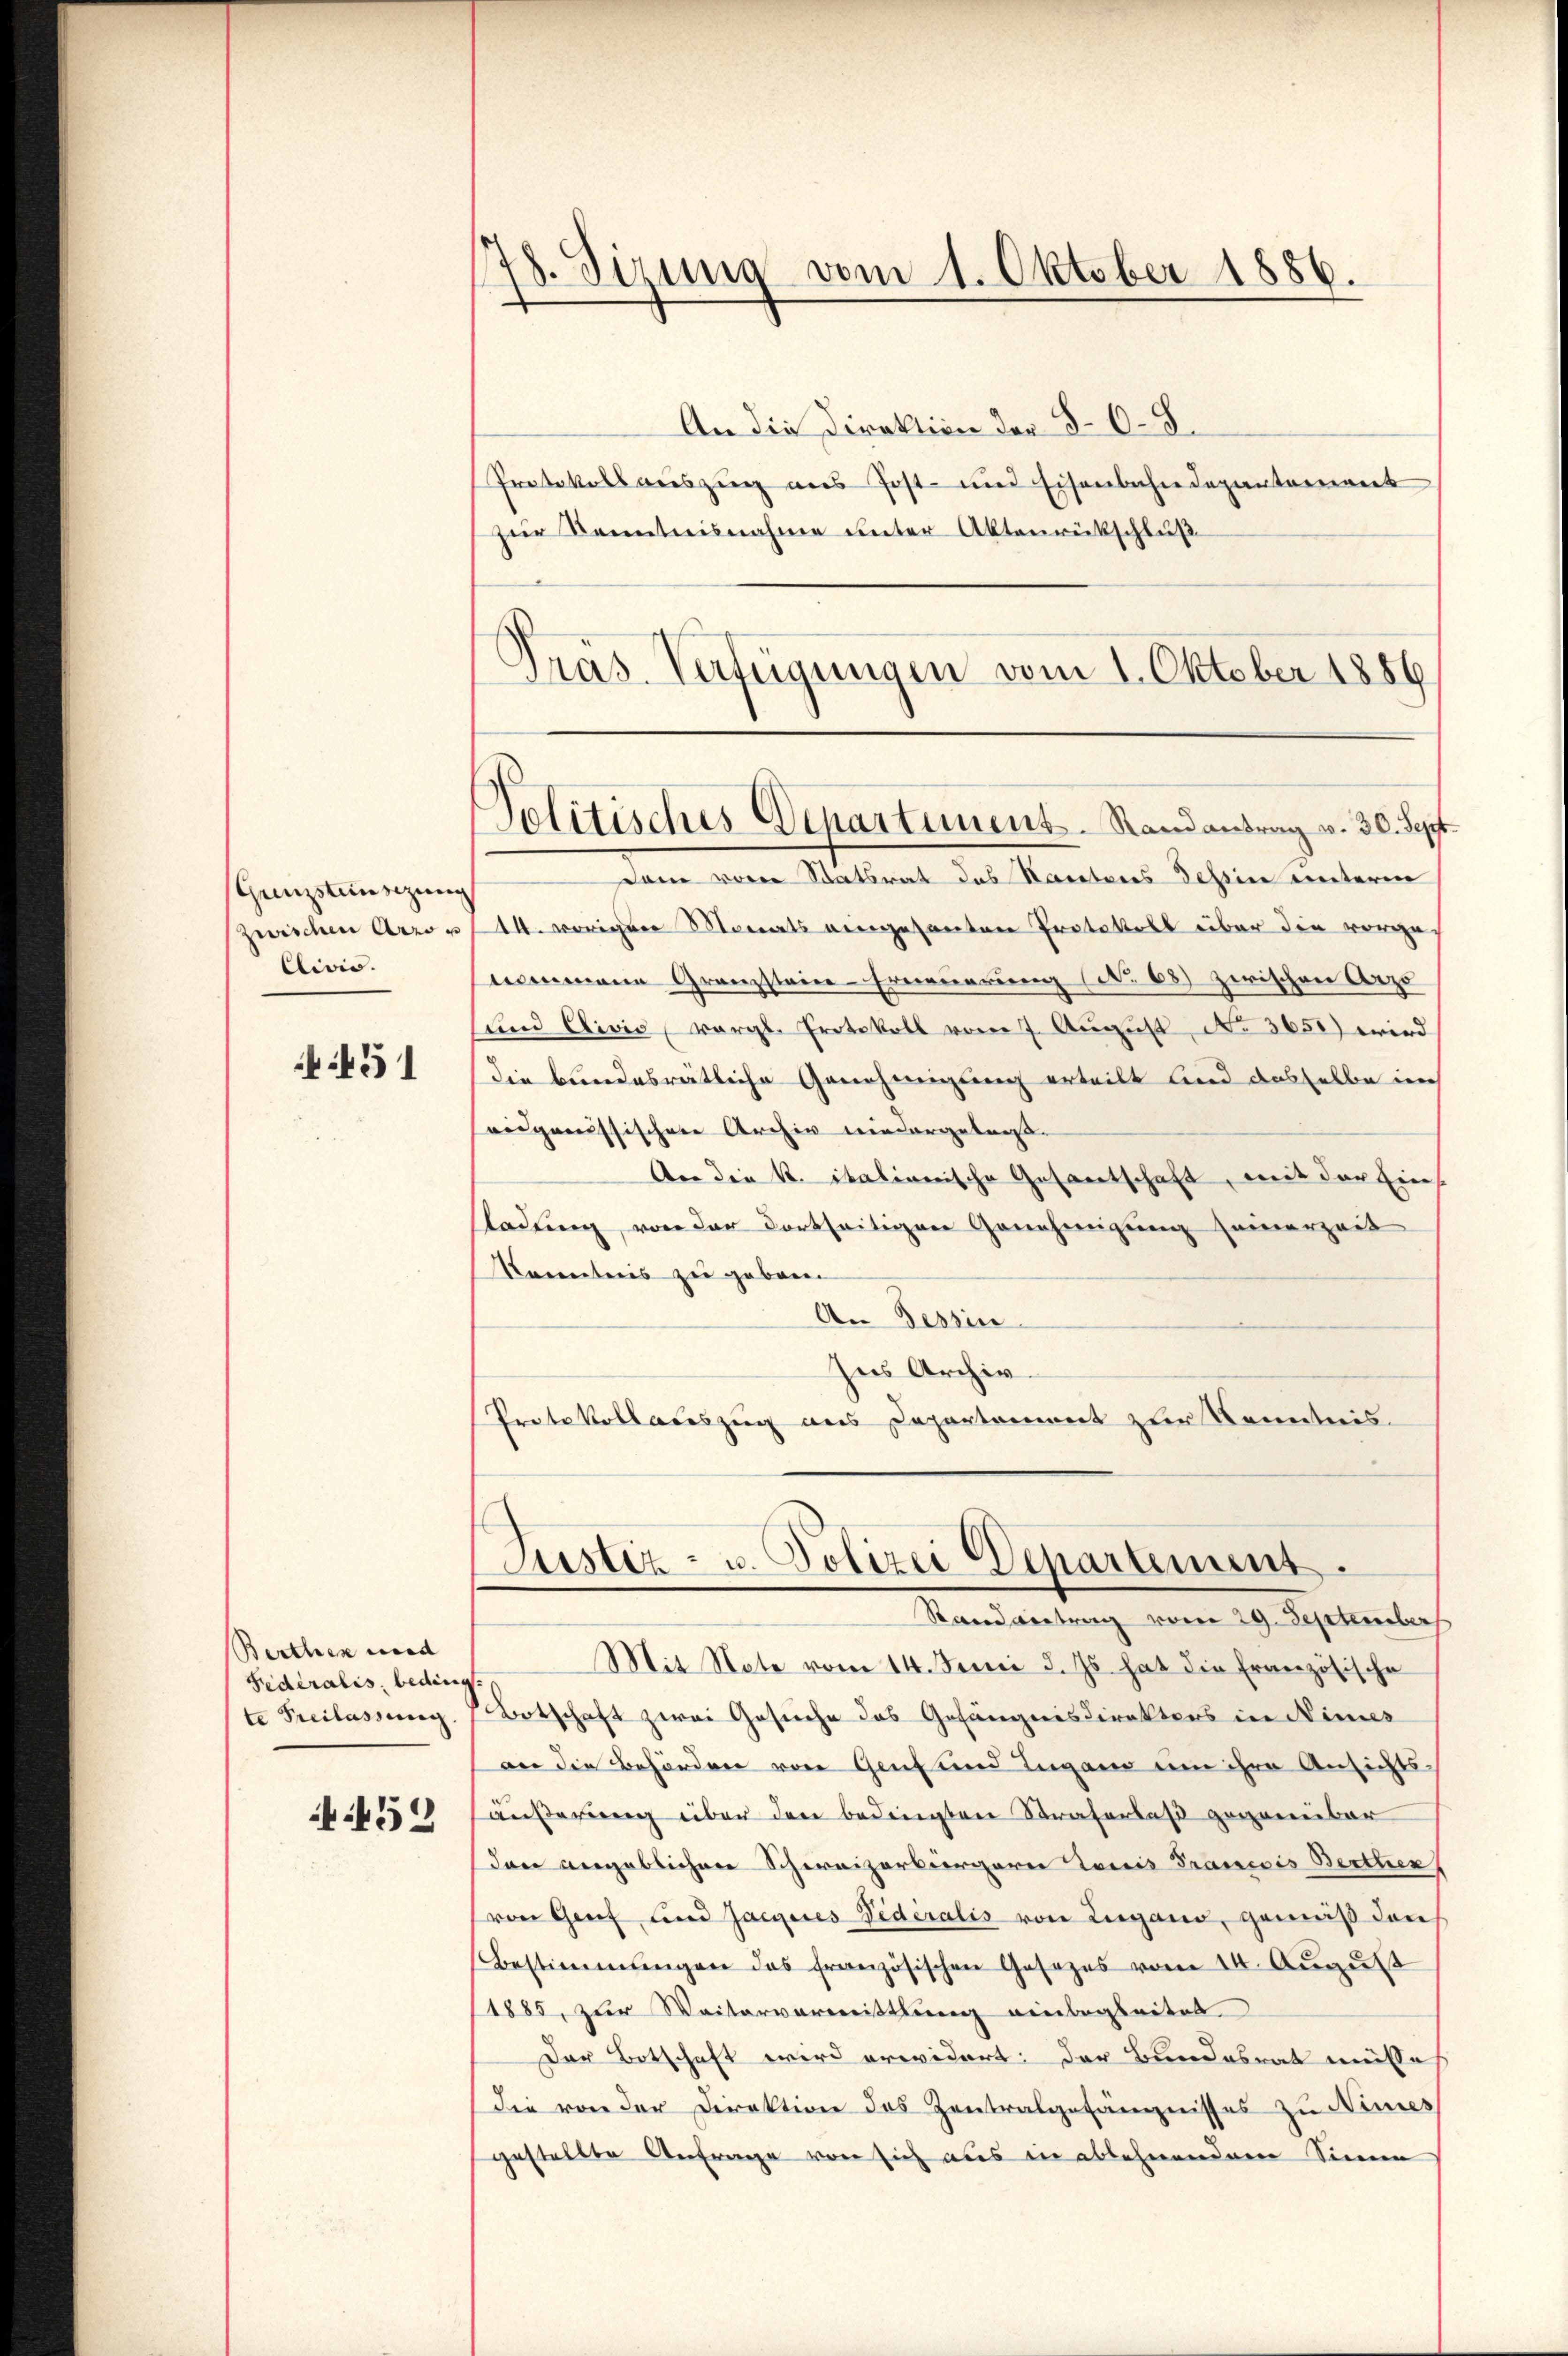
Grenzstensizung
zwischen Arro u
Clivis.

451

Berthes wird |
Federalis, beding
te Freilassung

452

78. Sizung vom 1. Oktober 1886.

Jolitisches Departement-Randantrag v. 30. Sept.

An die Direktion der §. 6. 8.
Protokollsauszug aus Post- und Eisenbahndepartement
Zur Kenntnisnahme unter Aktenrückschluß
Präs. Verfügungen vom 1. Oktober 1856
dam vor Staatsrat das Kantons Tessin unterm
14. vorigen Monats eingesanten Protokoll über die vorge
nommene Granzstein-Erneuerung (No 68) zwischen Arzo
sund Clivis, vergl. Protokoll vom 7. Aŭgŭst No 3650) wird
die bundesreitliche Genehmigung erteilt und dasselbe ich
aidgaeussischen Archiv niedergebniss
Aer die K. italianische Gesantschaft, mit der Eins
stadung, von der dortseitigen Genehmigung seinerzeit
Konntnis zu geboren
An Tessin
Ins Archiv.
Protokollauszug aus Departement zur Kenntnis

Stand vertrag vom 29. September
Mit Note vom 14. Junii d. Js. hat die Französische
Botschaft zwei Gesuche das Gefängnisdirektors in Nimes
an die Behörden von Genf und Lugano um ihre Ansichts-
äußerung über den bedingten Straferlaß gegenüber
den angeblichen Schweizerbürgeren Louis François Berthen
von Genf und Jaegeres Videralis von Lugano, gemäß den
Bestimmungen das französischen Gesezes vom 14. August
1885, zur Weitervermittlung einbegleitet
Der Botschaft wird erwidert; der Bundesrat müsses
die von der Direktion des Zentralgefängnisses zu Nimes
gestellte Anfrage von sich aus in ablehnendem Sinne

Justiz- u. Polizei Departement.